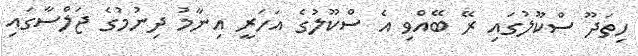
ހިތަދޫ ސްކޫލުގައި ރޭ ބޭއްވި އެ ސްކޫލުގެ އަހަރީ އިނާމު ދިނުމުގެ ޖަލްސާގައި